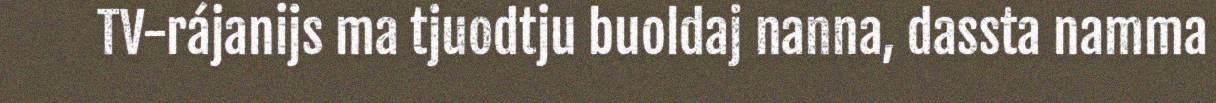
TV-rájanijs ma tjuodtju buoldaj nanna, dassta namma